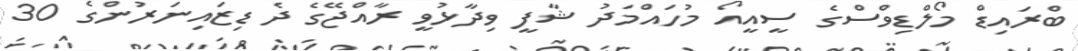
ބްރައިޑް މޯލްޑިވްސްގެ ސީއީއޯ މުހައްމަދު ޝާފީ ވިދާޅުވީ ރާއްޖޭގެ ދެ ޑިޒައިނަރުންގެ 30